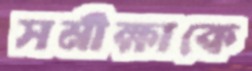
সমীক্ষাকে